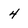
Character: 4